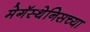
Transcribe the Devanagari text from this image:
मेगॅस्थेनिसच्या